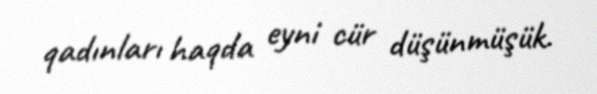
qadınları haqda eyni cür düşünmüşük.